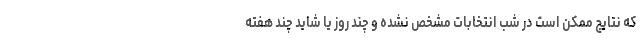
که نتایج ممکن است در شب انتخابات مشخص نشده و چند روز یا شاید چند هفته